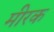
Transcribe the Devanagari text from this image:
मीरक